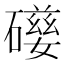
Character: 𥖃